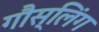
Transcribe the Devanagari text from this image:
गौस्लिंग